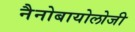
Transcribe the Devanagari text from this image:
नैनोबायोलोजी